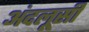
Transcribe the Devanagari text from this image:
अंदलूसी